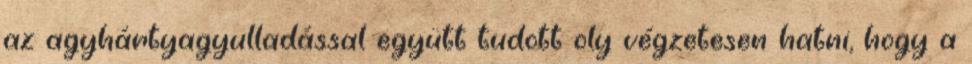
az agyhártyagyulladással együtt tudott oly végzetesen hatni, hogy a